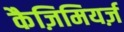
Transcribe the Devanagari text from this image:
कैज़िमियर्ज़